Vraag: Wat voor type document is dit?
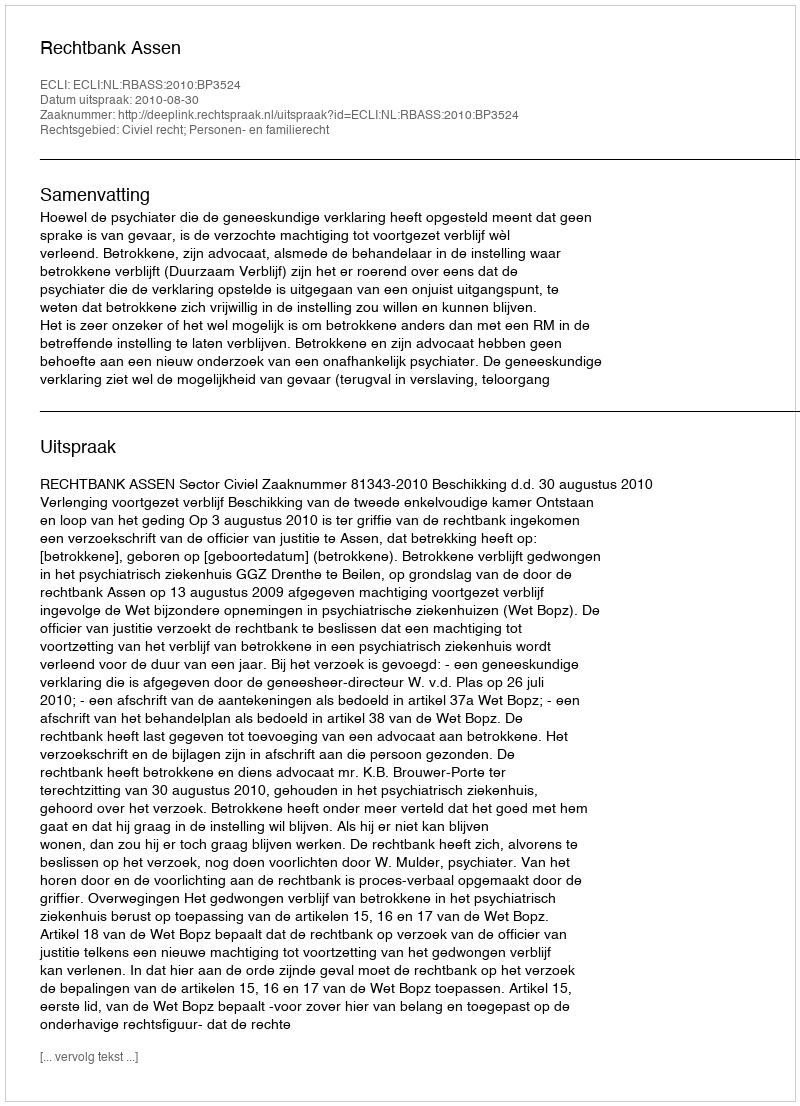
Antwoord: Uitspraak